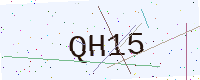
Text: QH15